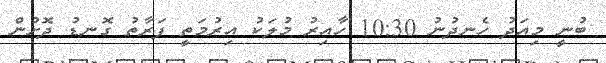
ބުނީ މިއަދު ހެނދުނު 10:30 ހާއިރު މުލަކު އިރުމަތީ ފަރާތު ގޮނޑު ދޮށުން